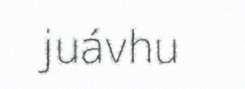
juávhu